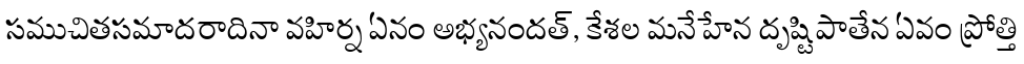
సముచితసమాదరాదినా వహిర్న ఏనం అభ్యనందత్, కేశల మనేహేన దృష్టిపాతేన ఏవం ప్రోత్తి